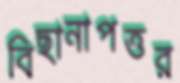
বিছানাপত্তর